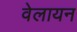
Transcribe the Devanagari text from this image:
वेलायन